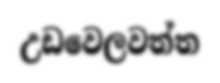
උඩවෙලවත්ත